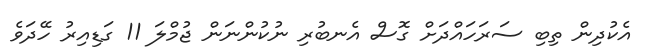
އެކުދިން ތިބި ސަރަހައްދަށް ގޮސް އެނބުރި ނުކުންނަން ޖުމްލަ 11 ގަޑިއިރު ހޭދަވެ